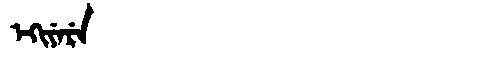
Manchu: ᡝᡴᡳᠶᡝᡵᡝ
Romanization: EKIYERE